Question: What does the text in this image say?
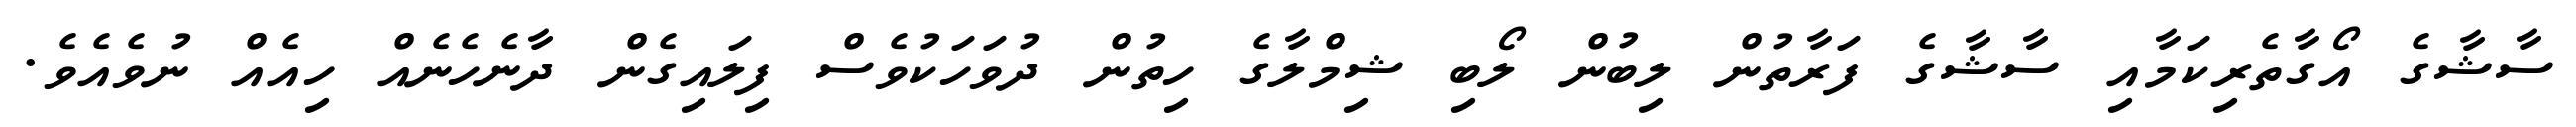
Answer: ސާޝާގެ އޯގާތެރިކަމާއި ސާޝާގެ ފަރާތުން ލިބުން ލޯބި ޝިމްލާގެ ހިތުން ދުވަހަކުވެސް ފިލައިގެން ދާނެހެނެއް ހިއެއް ނުވެއެވެ.